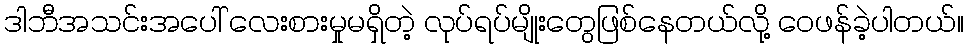
ဒါဘီအသင်းအပေါ် လေးစားမှုမရှိတဲ့ လုပ်ရပ်မျိုးတွေဖြစ်နေတယ်လို့ ဝေဖန်ခဲ့ပါတယ်။